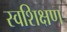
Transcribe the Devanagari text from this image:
स्वशिक्षण